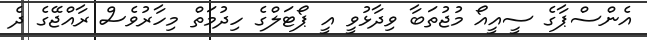
އެންސްޕާގެ ސީއީއޯ މުޖުތަބާ ވިދާޅުވީ އީ ޕޯޓަލްގެ ހިދުމަތް މިހާރުވެސް ރާއްޖޭގެ ދެ